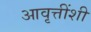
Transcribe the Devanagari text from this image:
आवृत्तींशी